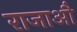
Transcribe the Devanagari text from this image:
राजाऔ